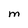
Character: M